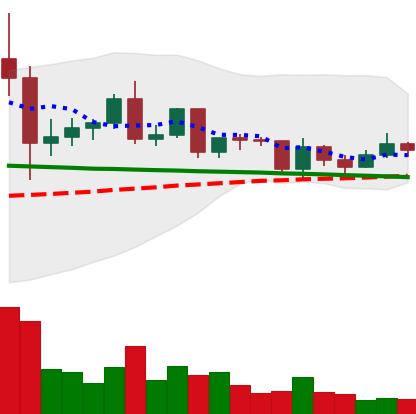
Ticker: ETC-USD
Chart end date: 2020-12-14
Forward return: 6.548%
Label: up_5_7